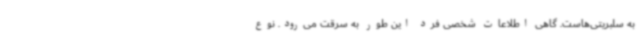
به سلبریتی‌هاست. گاهی اطلاعات شخصی فرد این‌ طور به سرقت می‌رود. نوع